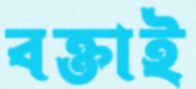
বক্তাই